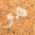
هو